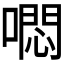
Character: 𭊳